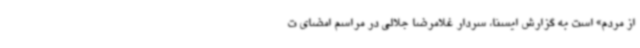
از مردم» است به گزارش ایسنا، سردار غلامرضا جلالی در مراسم امضای ت